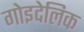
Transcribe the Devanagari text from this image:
गोइदेलिक